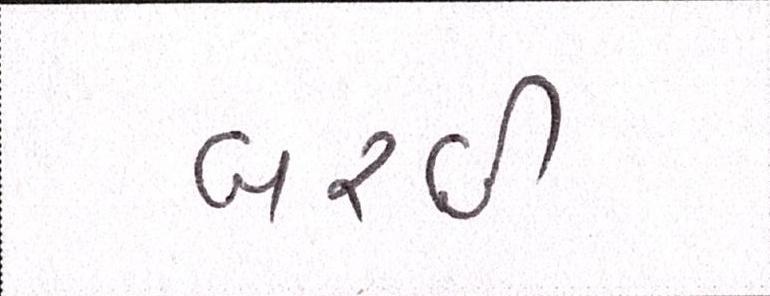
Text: બરછી